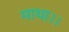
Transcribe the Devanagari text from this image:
माथा।।